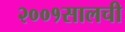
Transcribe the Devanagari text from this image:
२००१सालची